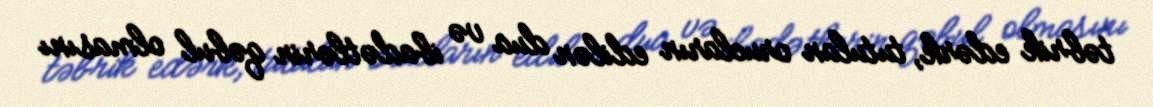
təbrik edərk, tutulan orucların edilən dua və ibadətlərin qəbul olmasını